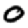
Digit: 0